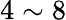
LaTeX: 4\sim 8